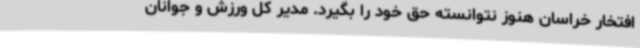
افتخار خراسان هنوز نتوانسته حق خود را بگیرد. مدیر کل ورزش و جوانان